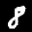
Label: 8